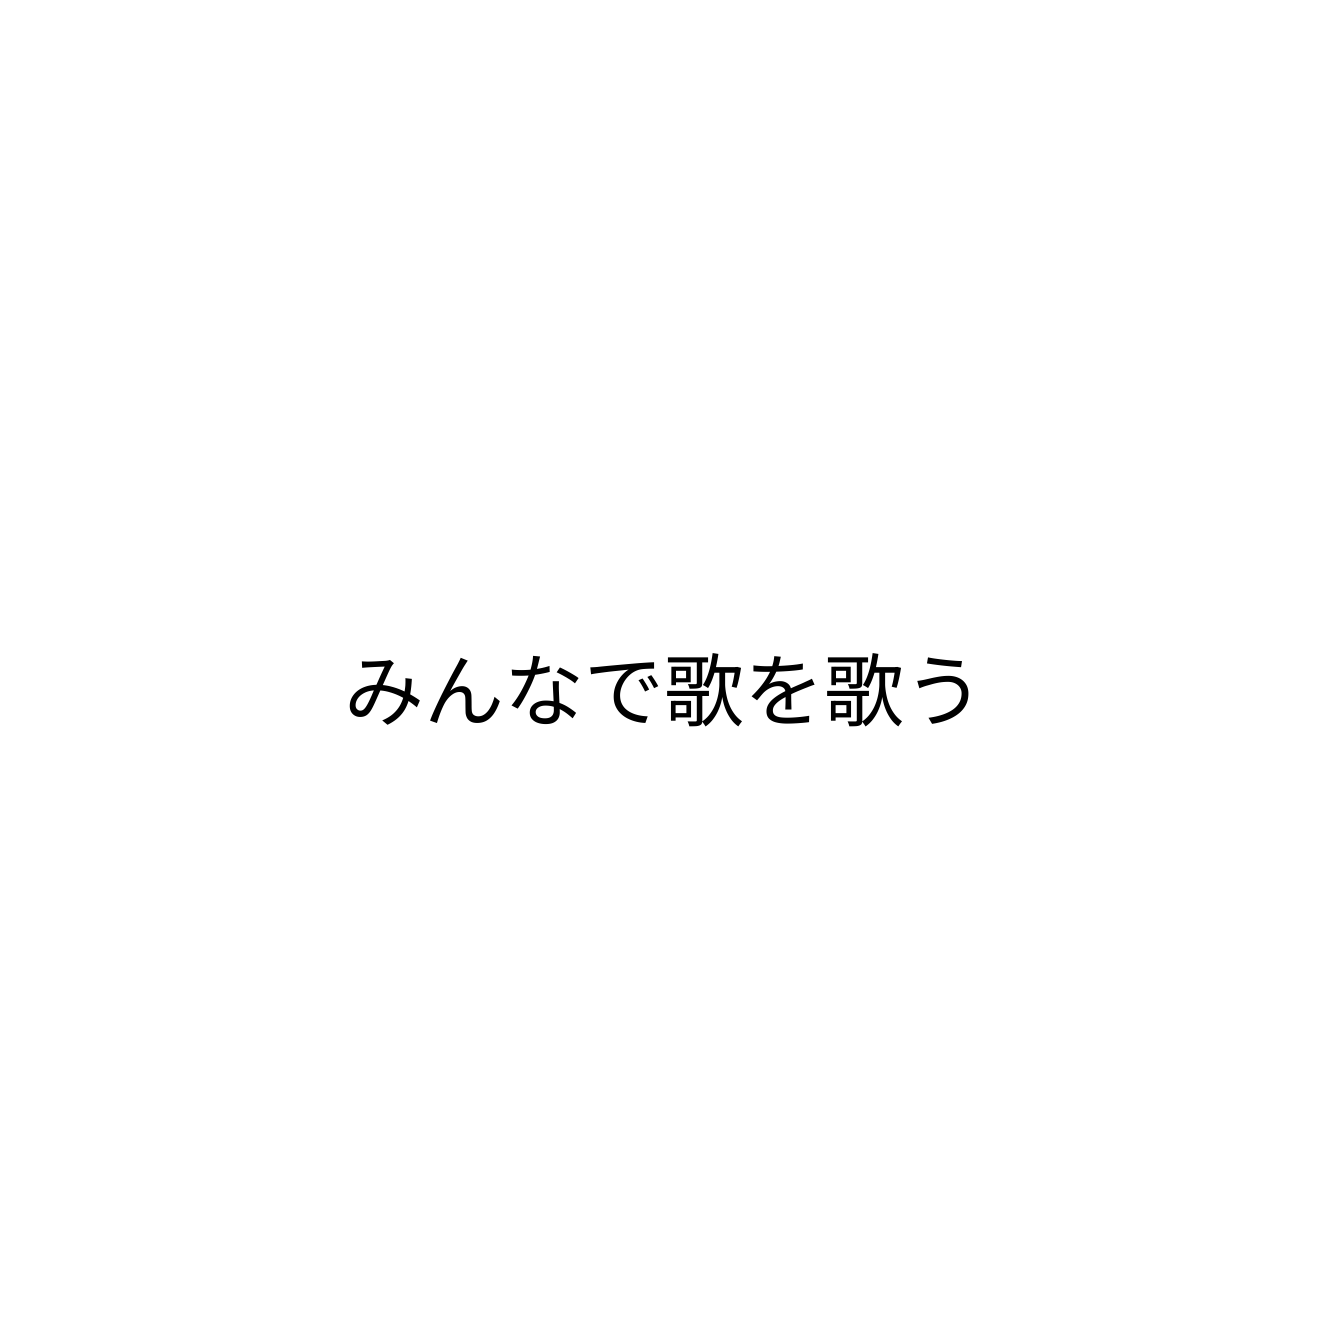
みんなで歌を歌う